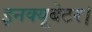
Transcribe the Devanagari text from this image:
इनक्यूबेटर।